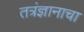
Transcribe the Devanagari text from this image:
तत्रंज्ञानाचा